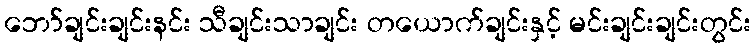
ဘော်ချင်းချင်းနင်း သီချင်းသာချင်း တယောက်ချင်းနှင့် မင်းချင်းချင်းတွင်း